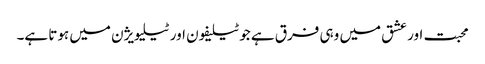
محبت اور عشق میں وہی فرق ہے جو ٹیلیفون اور ٹیلیویژن میں ہوتا ہے۔